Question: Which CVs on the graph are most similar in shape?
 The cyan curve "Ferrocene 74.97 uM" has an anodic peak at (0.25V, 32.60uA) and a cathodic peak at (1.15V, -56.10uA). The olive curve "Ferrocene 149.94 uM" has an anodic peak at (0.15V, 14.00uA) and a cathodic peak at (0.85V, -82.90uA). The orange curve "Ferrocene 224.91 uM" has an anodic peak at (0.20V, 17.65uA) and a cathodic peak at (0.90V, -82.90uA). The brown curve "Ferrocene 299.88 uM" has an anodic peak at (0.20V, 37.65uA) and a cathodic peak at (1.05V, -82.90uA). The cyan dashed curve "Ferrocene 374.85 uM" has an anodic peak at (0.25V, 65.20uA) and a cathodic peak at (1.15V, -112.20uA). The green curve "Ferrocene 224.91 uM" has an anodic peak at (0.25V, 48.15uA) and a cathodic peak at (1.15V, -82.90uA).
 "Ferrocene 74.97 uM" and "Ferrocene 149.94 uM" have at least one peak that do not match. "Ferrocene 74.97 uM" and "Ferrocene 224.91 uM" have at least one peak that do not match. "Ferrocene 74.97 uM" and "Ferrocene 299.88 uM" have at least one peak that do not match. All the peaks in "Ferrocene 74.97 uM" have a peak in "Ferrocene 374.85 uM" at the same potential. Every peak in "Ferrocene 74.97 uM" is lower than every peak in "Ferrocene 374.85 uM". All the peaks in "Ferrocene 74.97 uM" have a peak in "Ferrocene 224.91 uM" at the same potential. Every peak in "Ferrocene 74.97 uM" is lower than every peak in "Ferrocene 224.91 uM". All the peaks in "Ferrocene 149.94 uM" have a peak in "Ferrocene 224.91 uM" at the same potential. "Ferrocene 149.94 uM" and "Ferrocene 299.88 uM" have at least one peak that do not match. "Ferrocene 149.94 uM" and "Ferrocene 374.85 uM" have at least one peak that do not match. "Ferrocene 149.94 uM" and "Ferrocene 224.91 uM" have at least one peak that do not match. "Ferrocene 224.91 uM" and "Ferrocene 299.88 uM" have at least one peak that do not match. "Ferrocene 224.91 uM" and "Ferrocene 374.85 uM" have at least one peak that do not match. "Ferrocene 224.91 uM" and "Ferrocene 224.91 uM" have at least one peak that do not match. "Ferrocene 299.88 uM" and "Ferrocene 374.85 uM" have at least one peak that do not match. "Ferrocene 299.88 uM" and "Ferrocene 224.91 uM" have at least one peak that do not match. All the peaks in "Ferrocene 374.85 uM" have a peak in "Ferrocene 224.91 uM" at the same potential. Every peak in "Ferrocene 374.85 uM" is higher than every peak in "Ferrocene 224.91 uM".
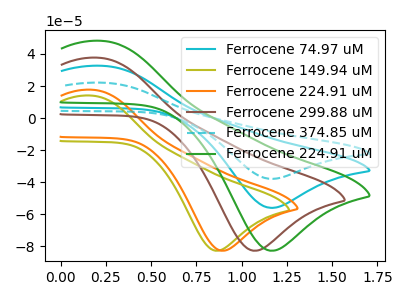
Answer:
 <answer>"Ferrocene 224.91 uM", "Ferrocene 74.97 uM" and "Ferrocene 374.85 uM" have the same shape and are likely CV's of the same chemical.</answer>
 <eval>"Ferrocene 224.91 uM" "Ferrocene 74.97 uM" "Ferrocene 374.85 uM"</eval>